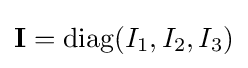
\mathbf {I} =\mathrm {diag} (I_{1},I_{2},I_{3})